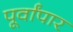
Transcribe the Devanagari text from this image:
पूर्वांपार